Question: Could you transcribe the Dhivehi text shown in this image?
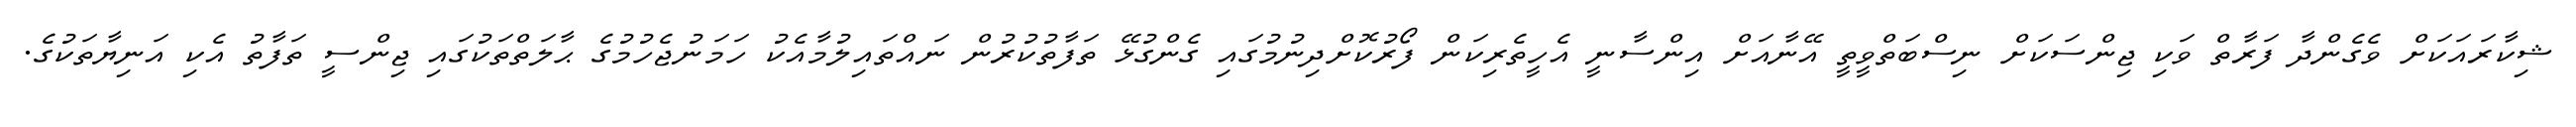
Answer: ޝިކާރައަކަށް ވެގެންދާ ފަރާތް ވަކި ޖިންސަކަށް ނިސްބަތްވީތީ އޭނާއަށް އިންސާނީ އެހީތެރިކަން ފޯރުކޮށްދިނުމުގައި ގެންގުޅޭ ތަފާތުކުރުން ނައްތައިލުމާއެކު ހަމަނުޖެހުމުގެ ޙާލަތްތަކުގައި ޖިންސީ ތަފާތު އެކި އަނިޔާތަކުގެ.